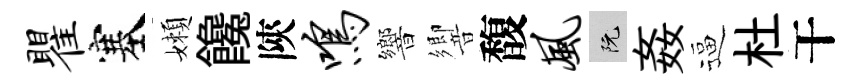
瞿塞嬾饞陝鸣響響馥风阮姦逼杜干